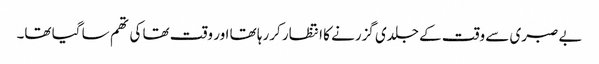
بے صبری سے وقت کے جلدی گزرنے کا انتظار کررہا تھا اور وقت تھا کی تھم سا گیا تھا۔